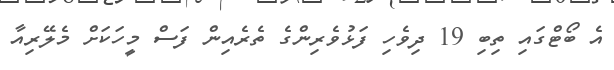
އެ ބޯޓްގައި ތިބި 19 ދިވެހި ފަޅުވެރިންގެ ތެރެއިން ފަސް މީހަކަށް މެލޭރިއާ